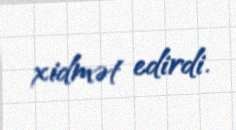
xidmət edirdi.